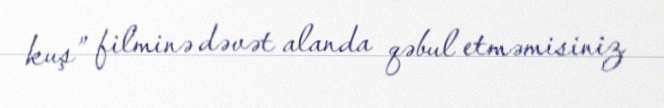
kuş” filminə dəvət alanda qəbul etməmisiniz.